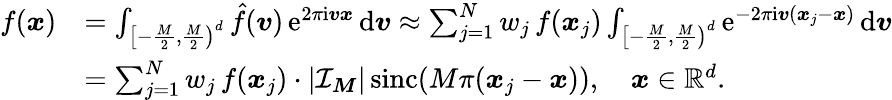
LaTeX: \begin{array}{rl}{f(\boldsymbol x)}&{=\int_{\left[-\frac M2,\frac M2\right)^{d}}\hat{f}(\boldsymbol v)\, \mathrm e^{2\pi\mathrm i\boldsymbol v\boldsymbol x}\, \mathrm d\boldsymbol v\approx\sum_{j=1}^{N}w_{j}\, f(\boldsymbol x_{j})\int_{\left[-\frac M2,\frac M2\right)^{d}}\mathrm e^{-2\pi\mathrm i\boldsymbol v(\boldsymbol x_{j}-\boldsymbol x)}\, \mathrm d\boldsymbol v}\\ &{=\sum_{j=1}^{N}w_{j}\, f(\boldsymbol x_{j})\cdot|\mathcal I_{\boldsymbol M}|\, \mathrm{sinc}(M\pi(\boldsymbol x_{j}-\boldsymbol x)),\quad\boldsymbol x\in\mathbb R^{d}.}\end{array}